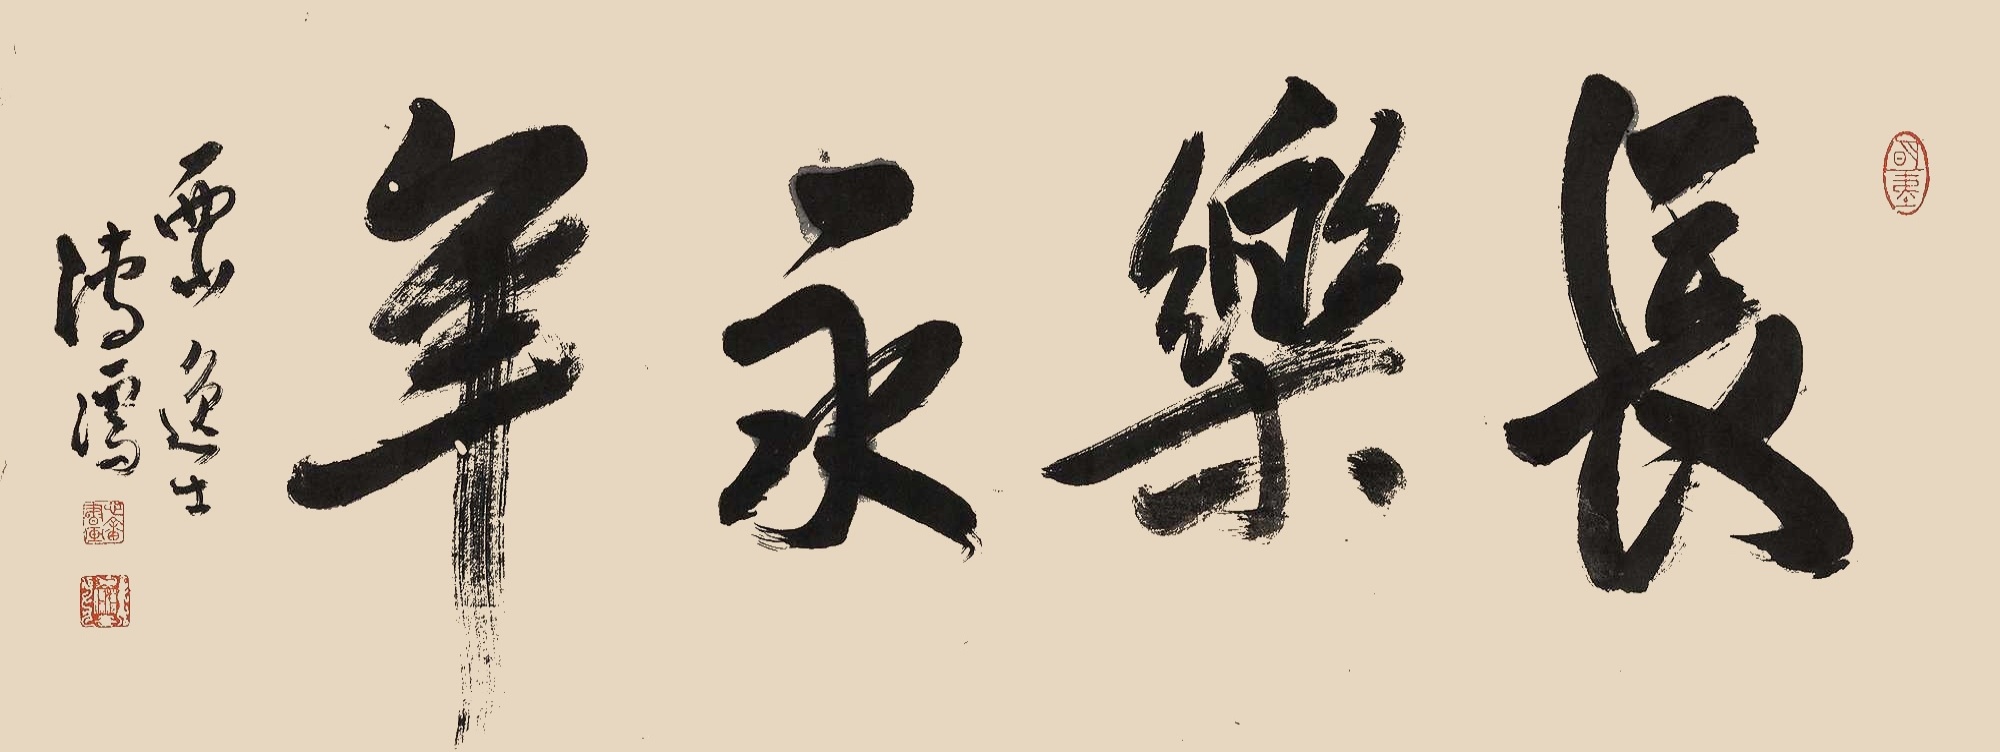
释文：长乐永年。西山逸士。溥儒。